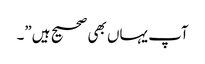
آپ یہاں بھی صحیح ہیں”۔